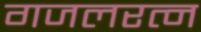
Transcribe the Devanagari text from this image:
गजलरत्‍न